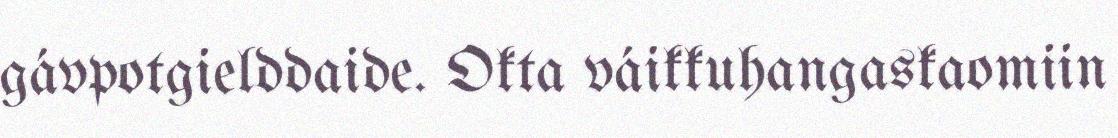
gávpotgielddaide. Okta váikkuhangaskaomiin